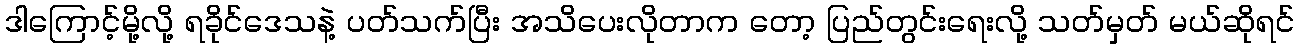
ဒါကြောင့်မို့လို့ ရခိုင်ဒေသနဲ့ ပတ်သက်ပြီး အသိပေးလိုတာက တော့ ပြည်တွင်းရေးလို့ သတ်မှတ် မယ်ဆိုရင်